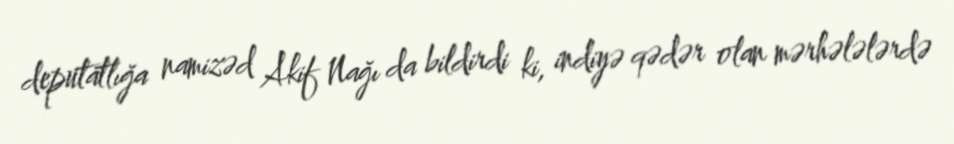
deputatlığa namizəd Akif Nağı da bildirdi ki, indiyə qədər olan mərhələlərdə